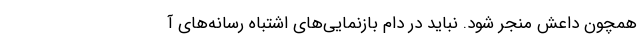
همچون داعش منجر شود. نباید در دام بازنمایی‌های اشتباه رسانه‌های آ